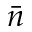
\bar { n }